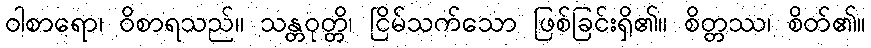
ဝါစာရော၊ ဝိစာရသည်။ သန္တဝုတ္တိ၊ ငြိမ်သက်သော ဖြစ်ခြင်းရှိ၏။ စိတ္တဿ၊ စိတ်၏။